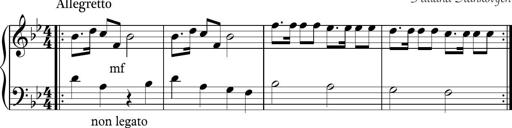
Title: Sonatina n.2
Composer: Tatiana Stankovych
Key: B-flat major